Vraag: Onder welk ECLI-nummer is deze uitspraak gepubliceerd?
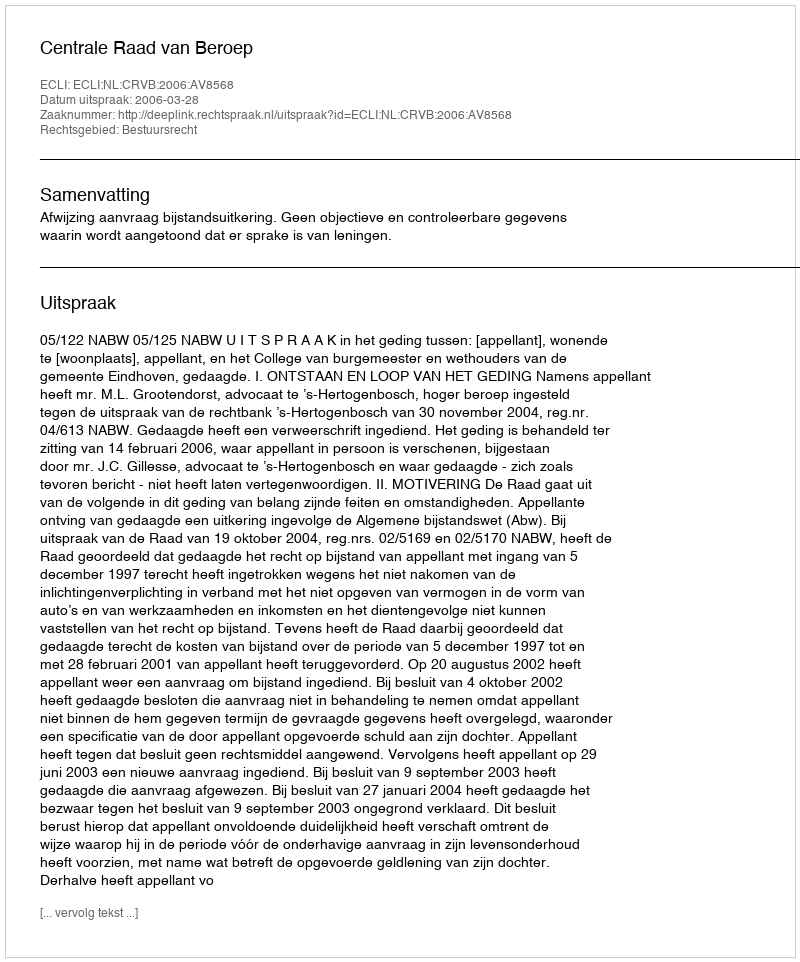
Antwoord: ECLI:NL:CRVB:2006:AV8568